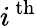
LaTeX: \textit{i}\, ^{\mathrm{th}}